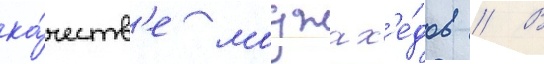
ка́честв'е моджах'е́дов // В